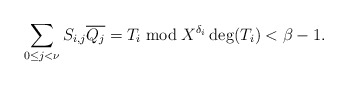
\begin{align*} \sum_{0 \le j < \nu} S_{i,j} \overline{Q_j} = T_i \bmod X^{\delta_i}\deg(T_i) < \beta-1.\end{align*}